Annual report on the working of the lock hospitals in the Central Provinces
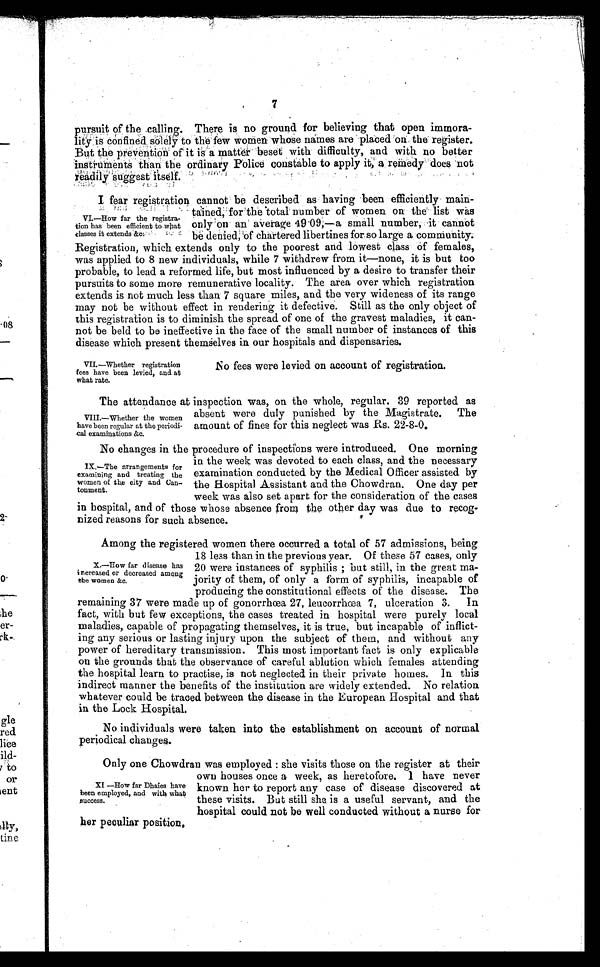
7
pursuit of the calling. There is no ground for believing that open immora-
lity is confined solely to the few women whose names are placed on the register.
But the prevention of it is a matter beset with difficulty, and with no better
instruments than the ordinary Police constable to apply it, a remedy does not
readily suggest itself.
I fear registration cannot be described as having been efficiently main-
tained, for the total number of women on the list was
only on an average 49.09,—a small number, cannot
be denied, of chartered libertines for so large a community.
Registration, which extends only to the poorest and lowest class of females,
was applied to 8 new individuals, while 7 withdrew from it—none, it is but too
probable, to lead a reformed life, but most influenced by a desire to transfer their
pursuits to some more remunerative locality. The area over which registration
extends is not much less than 7 square miles, and the very wideness of its range
may not be without effect in rendering it defective. Still as the only object of
this registration is to diminish the spread of one of the gravest maladies, it can-
not be beld to be ineffective in the face of the small number of instances of this
disease which present themselves in our hospitals and dispensaries.
VI.—How far the registra-
tion has been efficient to what
classes it extends &c
II.—Whether registration
fees have been levied, and at
what rate.
No fees were levied on account of registration.
The attendancea t i n s p e c t i o n w a s , o n t h e w h o l e , r e g u l a r . 3 9 r e p o r t e d a s
absent were duly punished by the Magistrate. The
amount of fines for this neglect was Rs. 22-8-0.
No changes in the procedure of inspections were introduced. One morning
in the week was devoted to each class, and the necessary
examination conducted by the Medical Officer assisted by
the Hospital Assistant and the Chowdran. One day per
week was also set apart for the consideration of the cases
in hospital, and of those whose, absence from the other day was due to recog
nized reasons for such absence.
Among the registered women there occurred a total of 57 admissions, being
18 less than in the previous year. Of these 57 cases, only
20 were instances of syphilis ; but still, in the great ma-
jority of them, of only a form of syphilis, incapable of
producing the constitutional effects of the disease. The
remaining 37 were made up of gonorrhœa 27, leucorrhœa 7, ulceration 3. In
fact, with but few exceptions, the cases treated in hospital were purely local
maladies, capable of propagating themselves, it is true, but incapable of inflict-
ing any serious or lasting injury upon the subject of them, and without any
power of hereditary transmission. This most important fact is only explicable
on the grounds that the observance of careful ablution which females attending
the hospital learn to practise, is not neglected in their private homes. In this
indirect manner the benefits of the institution are widely extended. No relation
whatever could be traced between the disease in the European Hospital and that
in the Lock Hospital.
No individuals were taken into the establishment on account of normal
periodical changes.
Only one Chowdran was employed : she visits those on the register at their
own houses once a week, as heretofore. I have never
known her to report any case of disease discovered at
these visits. But still she is a useful servant, and the
hospital could not be well conducted without a nurse for
her peculiar position.
VIII.—Whether the women
have been regular at the periodi
cal examinations &c.
IX.—The arrangements for
examining and treating the
women of the city and Can-
tonment.
X.—How far disease has
increased or decreased among
the women &c.
XI —How far Dhaies have
been employed, and with what
success.